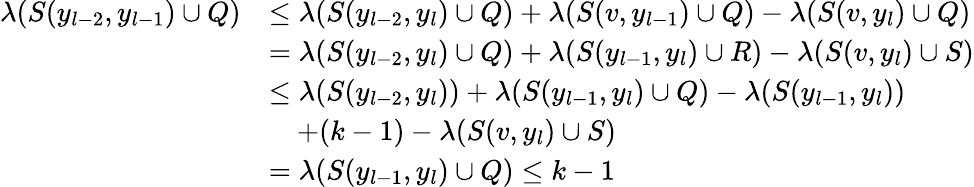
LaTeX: \begin{array}{rl}{\lambda(S(y_{l-2},y_{l-1})\cup Q)}&{\leq\lambda(S(y_{l-2},y_{l})\cup Q)+\lambda(S(v,y_{l-1})\cup Q)-\lambda(S(v,y_{l})\cup Q)}\\ &{=\lambda(S(y_{l-2},y_{l})\cup Q)+\lambda(S(y_{l-1},y_{l})\cup R)-\lambda(S(v,y_{l})\cup S)}\\ &{\leq\lambda(S(y_{l-2},y_{l}))+\lambda(S(y_{l-1},y_{l})\cup Q)-\lambda(S(y_{l-1},y_{l}))}\\ &{\quad+(k-1)-\lambda(S(v,y_{l})\cup S)}\\ &{=\lambda(S(y_{l-1},y_{l})\cup Q)\leq k-1}\end{array}